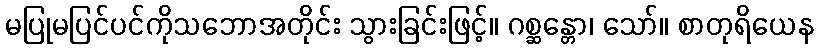
မပြုမပြင်ပင်ကိုသဘောအတိုင်း သွားခြင်းဖြင့်။ ဂစ္ဆန္တော၊ သော်။ စာတုရိယေန